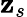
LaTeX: \mathbf{z}_{s}